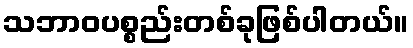
သဘာဝပစ္စည်းတစ်ခုဖြစ်ပါတယ်။